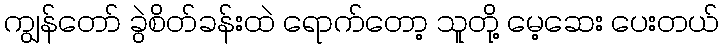
ကျွန်တော် ခွဲစိတ်ခန်းထဲ ရောက်တော့ သူတို့ မေ့ဆေး ပေးတယ်